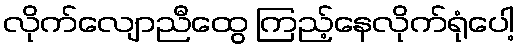
လိုက်လျောညီထွေ ကြည့်နေလိုက်ရုံပေါ့